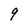
Character: 9